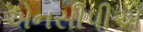
એનસીપીએ